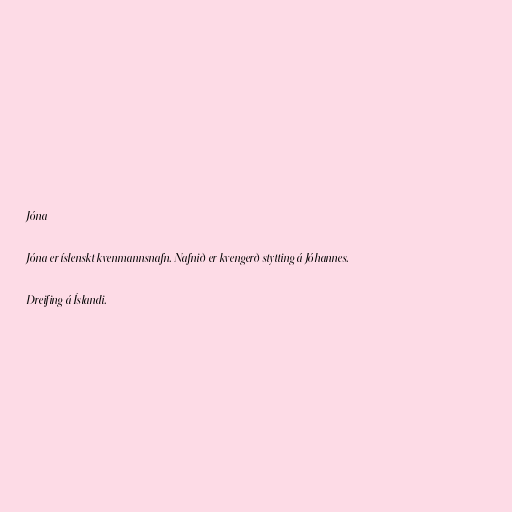
Jóna

Jóna er íslenskt kvenmannsnafn. Nafnið er kvengerð stytting á Jóhannes.

Dreifing á Íslandi.